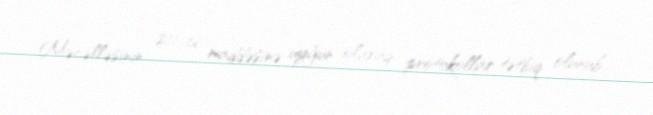
Məcəlləsinin 211-ci maddəsinə uyğun olaraq protokollar tətbiq olunub.